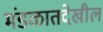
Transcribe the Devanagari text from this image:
मंडळातदेखील